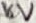
Text: 16V